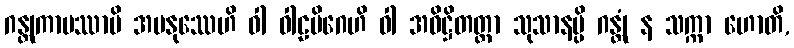
ဂန္တုကာမဿာပိ အမနုဿေဟိ ဝါ ဝါဠမိဂေဟိ ဝါ အဓိဋ္ဌိတတ္တာ သုသာနမ္ပိ ဂန္တုံ န သက္ကာ ဟောတိ,